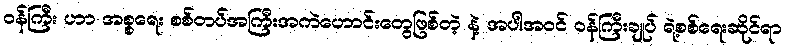
ဝန်ကြီး ဟာ အစ္စရေး စစ်တပ်အကြီးအကဲဟောင်းတွေဖြစ်တဲ့ နဲ့ အပါအဝင် ဝန်ကြီးချုပ် ရဲ့စစ်ရေးဆိုင်ရာ